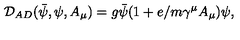
\mathcal { D } _ { A D } ( \bar { \psi } , \psi , A _ { \mu } ) = g \bar { \psi } ( 1 + e / m \gamma ^ { \mu } A _ { \mu } ) \psi ,